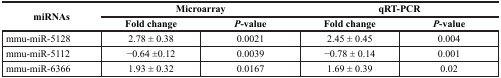
<table><thead><tr><td rowspan="2"><b>miRNAs</b></td><td colspan="2"><b>Microarray</b></td><td colspan="2"><b>qRT-PCR</b></td></tr><tr><td><b>Fold change</b></td><td><b>P-value</b></td><td><b>Fold change</b></td><td><b>P-value</b></td></tr></thead><tbody><tr><td>mmu-miR-5128</td><td>2.78 ± 0.38</td><td>0.0021</td><td>2.45 ± 0.45</td><td>0.004</td></tr><tr><td>mmu-miR-5112</td><td>−0.64 ±0.12</td><td>0.0039</td><td>−0.78 ± 0.14</td><td>0.001</td></tr><tr><td>mmu-miR-6366</td><td>1.93 ± 0.32</td><td>0.0167</td><td>1.69 ± 0.39</td><td>0.02</td></tr></tbody></table>